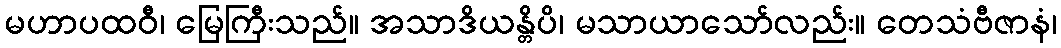
မဟာပထဝီ၊ မြေကြီးသည်။ အသာဒိယန္တိပိ၊ မသာယာသော်လည်း။ တေသံဗီဇာနံ၊